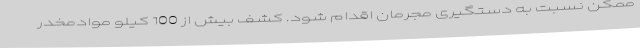
ممکن نسبت به دستگیری مجرمان اقدام شود. کشف بیش از 100 کیلو موادمخدر